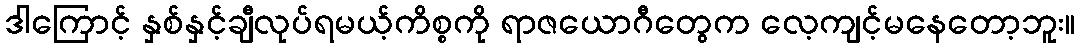
ဒါကြောင့် နှစ်နှင့်ချီလုပ်ရမယ့်ကိစ္စကို ရာဇယောဂီတွေက လေ့ကျင့်မနေတော့ဘူး။